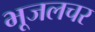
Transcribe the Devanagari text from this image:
भूजलचर